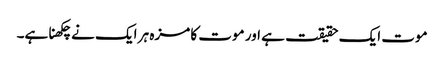
موت ایک حقیقت ہے اور موت کا مزہ ہر ایک نے چکھنا ہے۔